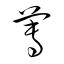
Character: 蓴